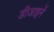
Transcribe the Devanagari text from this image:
डीजाइनें